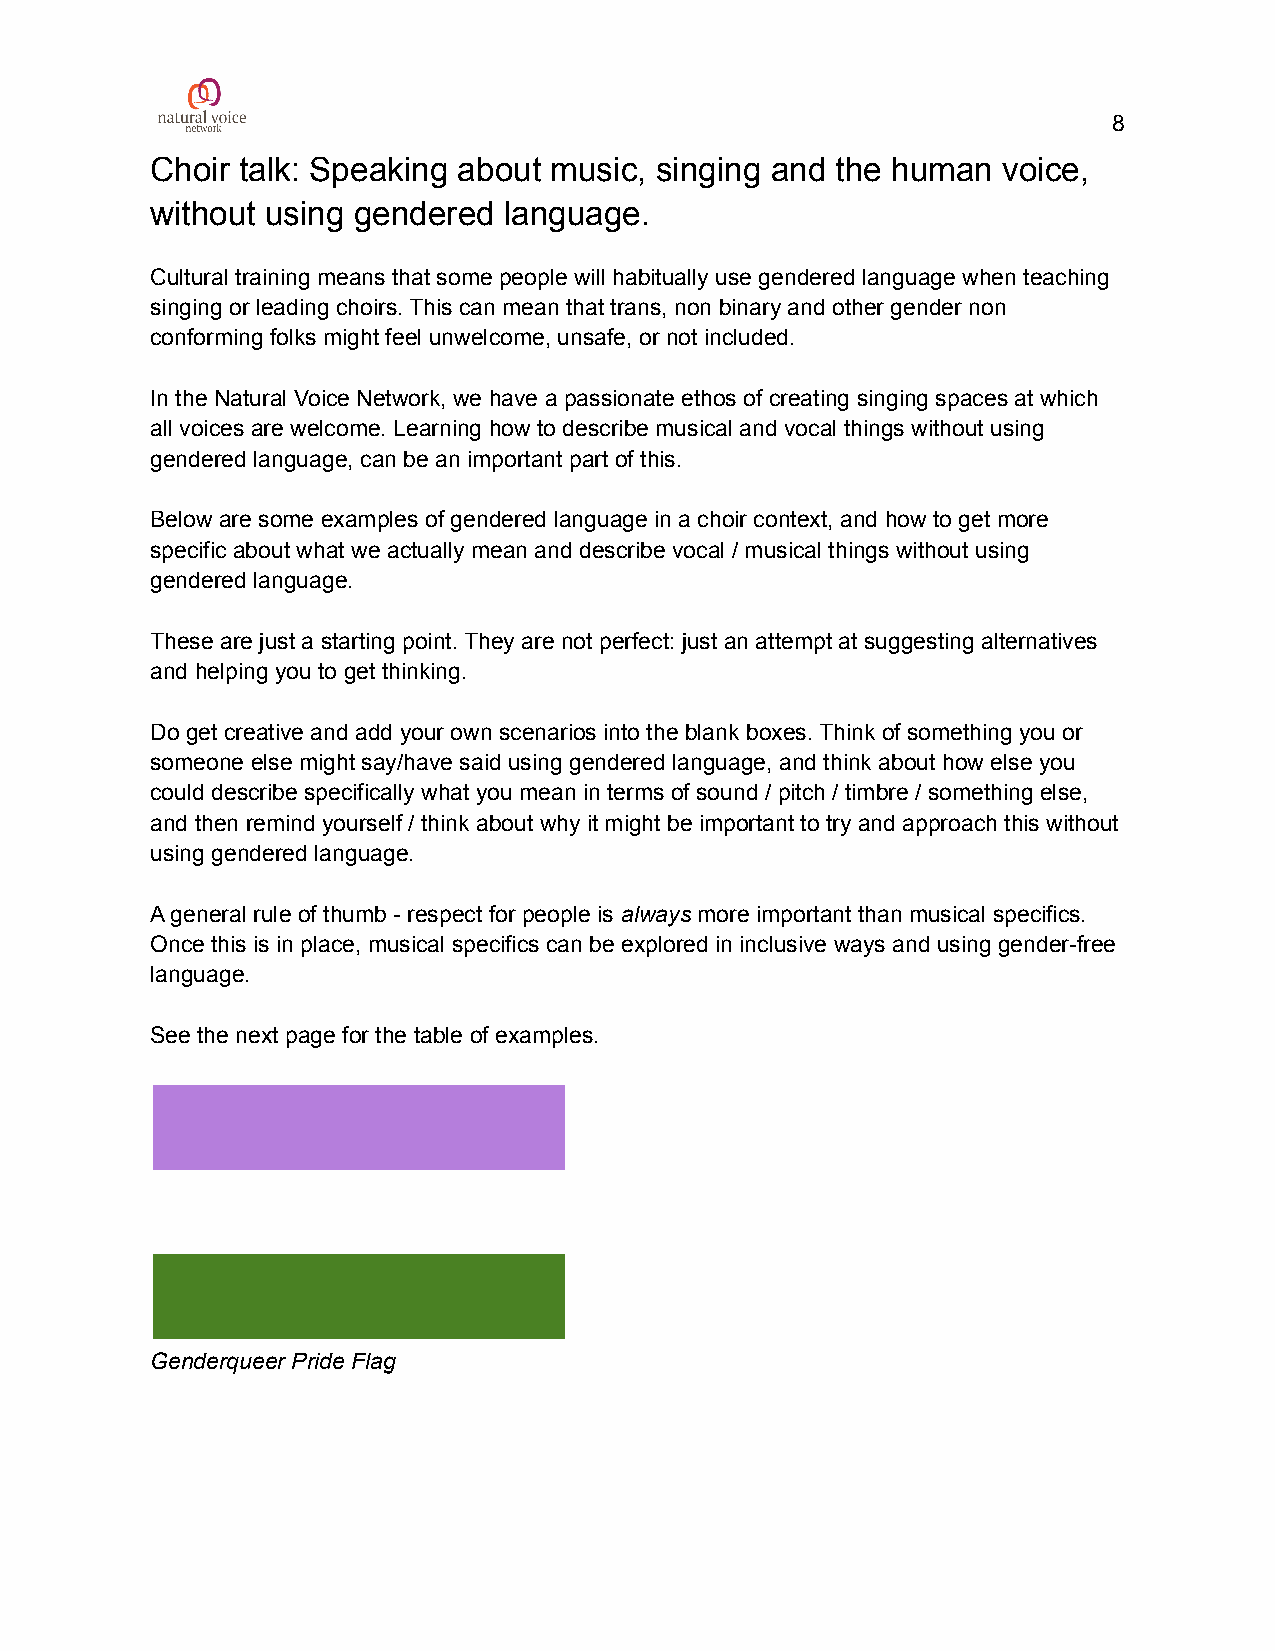
8
 Choir talk: Speaking about music, singing and the human voice,
 without using gendered language.
 Cultural training means that some people will habitually use gendered language when teaching
 singing or leading choirs. This can mean that trans, non binary and other gender non
 conforming folks might feel unwelcome, unsafe, or not included.
 In the Natural Voice Network, we have a passionate ethos of creating singing spaces at which
 all voices are welcome. Learning how to describe musical and vocal things without using
 gendered language, can be an important part of this.
 Below are some examples of gendered language in a choir context, and how to get more
 specific about what we actually mean and describe vocal / musical things without using
 gendered language.
 These are just a starting point. They are not perfect: just an attempt at suggesting alternatives
 and helping you to get thinking.
 Do get creative and add your own scenarios into the blank boxes. Think of something you or
 someone else might say/have said using gendered language, and think about how else you
 could describe specifically what you mean in terms of sound / pitch / timbre / something else,
 and then remind yourself / think about why it might be important to try and approach this without
 using gendered language.
 A general rule of thumb - respect for people is always more important than musical specifics.
 Once this is in place, musical specifics can be explored in inclusive ways and using gender-free
 language.
 See the next page for the table of examples.
 Genderqueer Pride Flag